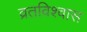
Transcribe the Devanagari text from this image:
व्रतविश्वास